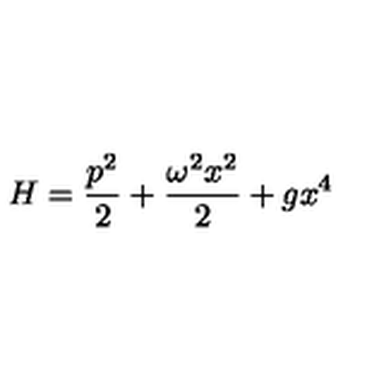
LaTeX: H = \frac { p ^ { 2 } } { 2 } + \frac { \omega ^ { 2 } x ^ { 2 } } { 2 } + g x ^ { 4 }